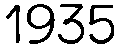
1935